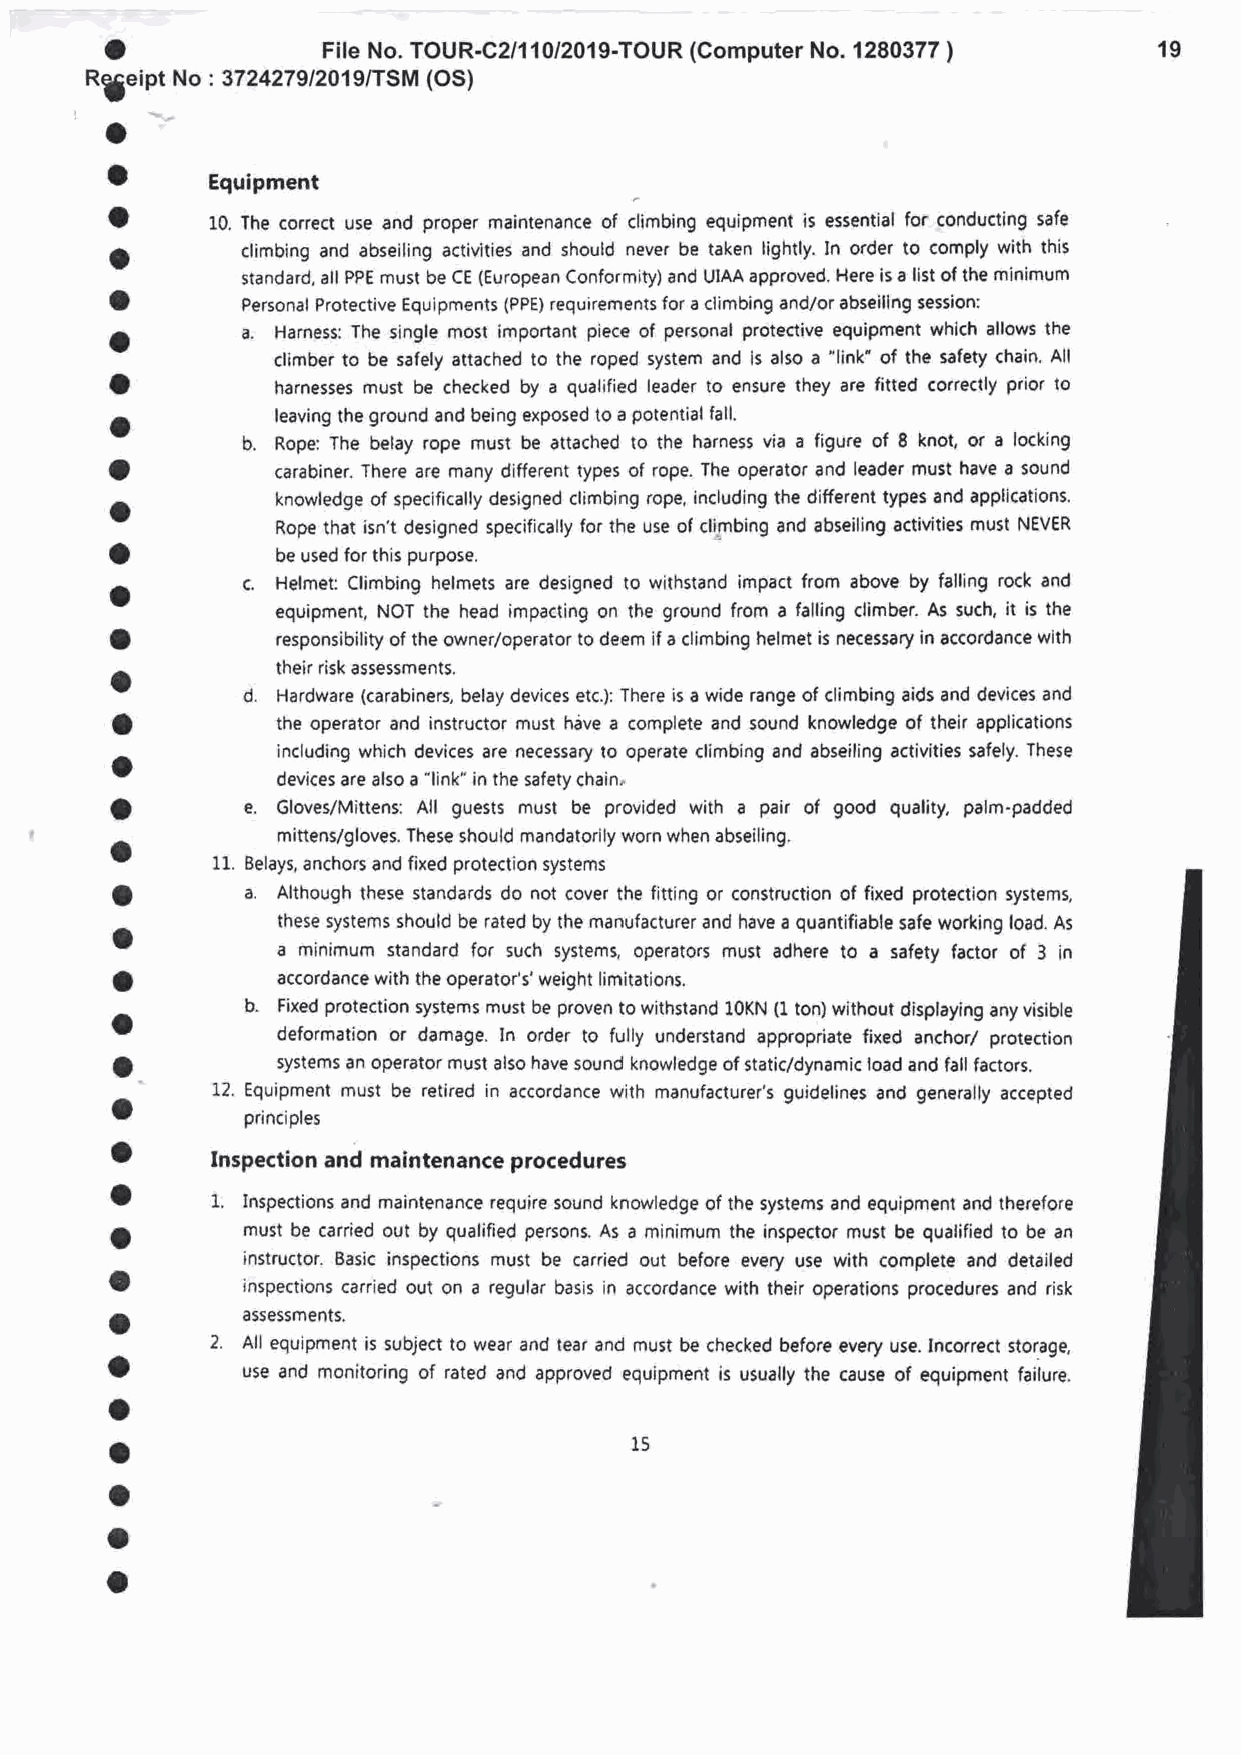
o
 File No. TOUR-C2/11012019-TOUR (Computer No. 1280377    19
 )
 RgeiRt No : 3724279/2019/TSM (OS)
 o
 a
 Equipment
 a
 10. The correct use and proper maintenance of climbing equipment is essential for conducting safe
 o        climbing and abseiling activities and should never be taken lightly. In order to comply with this
 standard, all PPE must be CE (European Conformity) and UIAA approved. Here is a list of the minimum
 o
 Personal Protective Equipments (PPE) requirements for a climbing and/or abseiling sessionl
 o        a. Harness: The single most important piece of personal protective equipment which allows the
 climber to be safely attached to the roped system and is also a "link" of the safety chain. All
 o
 harnesses must be checked by a qualified leader to ensure they are fitted correctly plior to
 a          leaving the ground and being exposed to a potential fall.
 b. Rope: The belay rope must be attached to the harness via a figure of 8 knot, or a locking
 o
 carabiner. There are many different types of rope. The operator and leader must have a sound
 o          knowledge of specifically designed climbing rope, including the different types and applications.
 Rope that isn't designed specifically for the use of climbing and abseiling activities must NEVER
 o
 be used for this purpose.
 o        c. Helmel Climbing helmets are designed to withstand impact from above by falling rock and
 equipment, NOT the head impacting on the ground from a falling climber. As such, it is the
 o
 responsibility of the owner/operator to deem if a climbing helmet is necessary in accordance with
 a          their risk assessments,
 d.
 Hardware (carabiners, belay devices etc.): There is a wide range of climbing aids and devices and
 o
 the operator and instructor must h6ve a complete and sound knowledge of their applications
 o          including which devices are necessary lo operate climbing and abseiling activities safely. These
 devices are also a "link" in the safety chain,
 o        e. Gloves/Mittens: All guests must be provided with a pair of good quality, palm-padded
 o          mittens/gloves. These should mandatorily worn when abseiling.
 11. Belays, anchors and fixed protection systems
 o        a.
 Although these standards do not cover the fitting or construction of fixed protection systems,
 o          these systems should be rated by the manufacturer and have a quantifiable safe working load. As
 a minimum standard for such systerns, operators must adhere to a safety factor of 3 in
 o
 accordance with the operator's' weight limitations.
 b.
 a          Fixed protection systems must be proven to withstand 10KN (1 ton) without displaying any visible
 deformation or damage. In order to fully understand appropriate fixed anchor/ protection
 o         systems an operator must also have sound knowledge of static/dynamic load and fall factors.
 a      12, Equipment must be retired in accordance with manufacturer's guidelines and generally accepted
 principles
 o
 tnspection and maintenance procedures
 o
 1.
 Inspections and maintenance require sound knowledge of the systems and equipment and therefore
 o        must be carried out by qualified persons. As a minimum the inspector must be qualified to be an
 instructor. Basic inspections must be carried out before every use with complete and detailed
 a
 inspections carried out on a regular basis in accordance with their operations procedures and risk
 o        assessments.
 2.
 All equipment is subject to wear and tear and must be checked before every use. tncorrect storage.
 o
 use and monitoring of rated and approved equipment is usually the cause of equipment failure.
 o
 o                                  15
 o
 a
 o